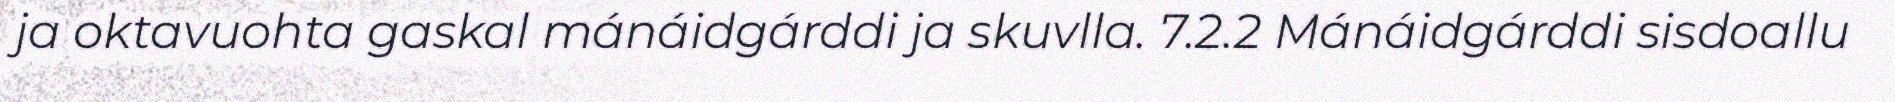
ja oktavuohta gaskal mánáidgárddi ja skuvlla. 7.2.2 Mánáidgárddi sisdoallu